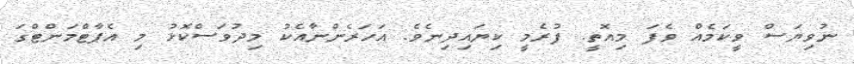
ނުވިޔަސް ވީކަމެއް ވެފަ މިއޮތީ. ފުރެމީ ކިޔައިދިނެވެ. އަހަރެންނާއެކު މިދުވަސްކޮޅު މި އެޕާޓްމަންޓްގަ